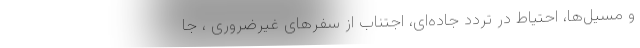
و مسیل‌ها، احتیاط در تردد جاده‌ای، اجتناب از سفرهای غیرضروری ، جا